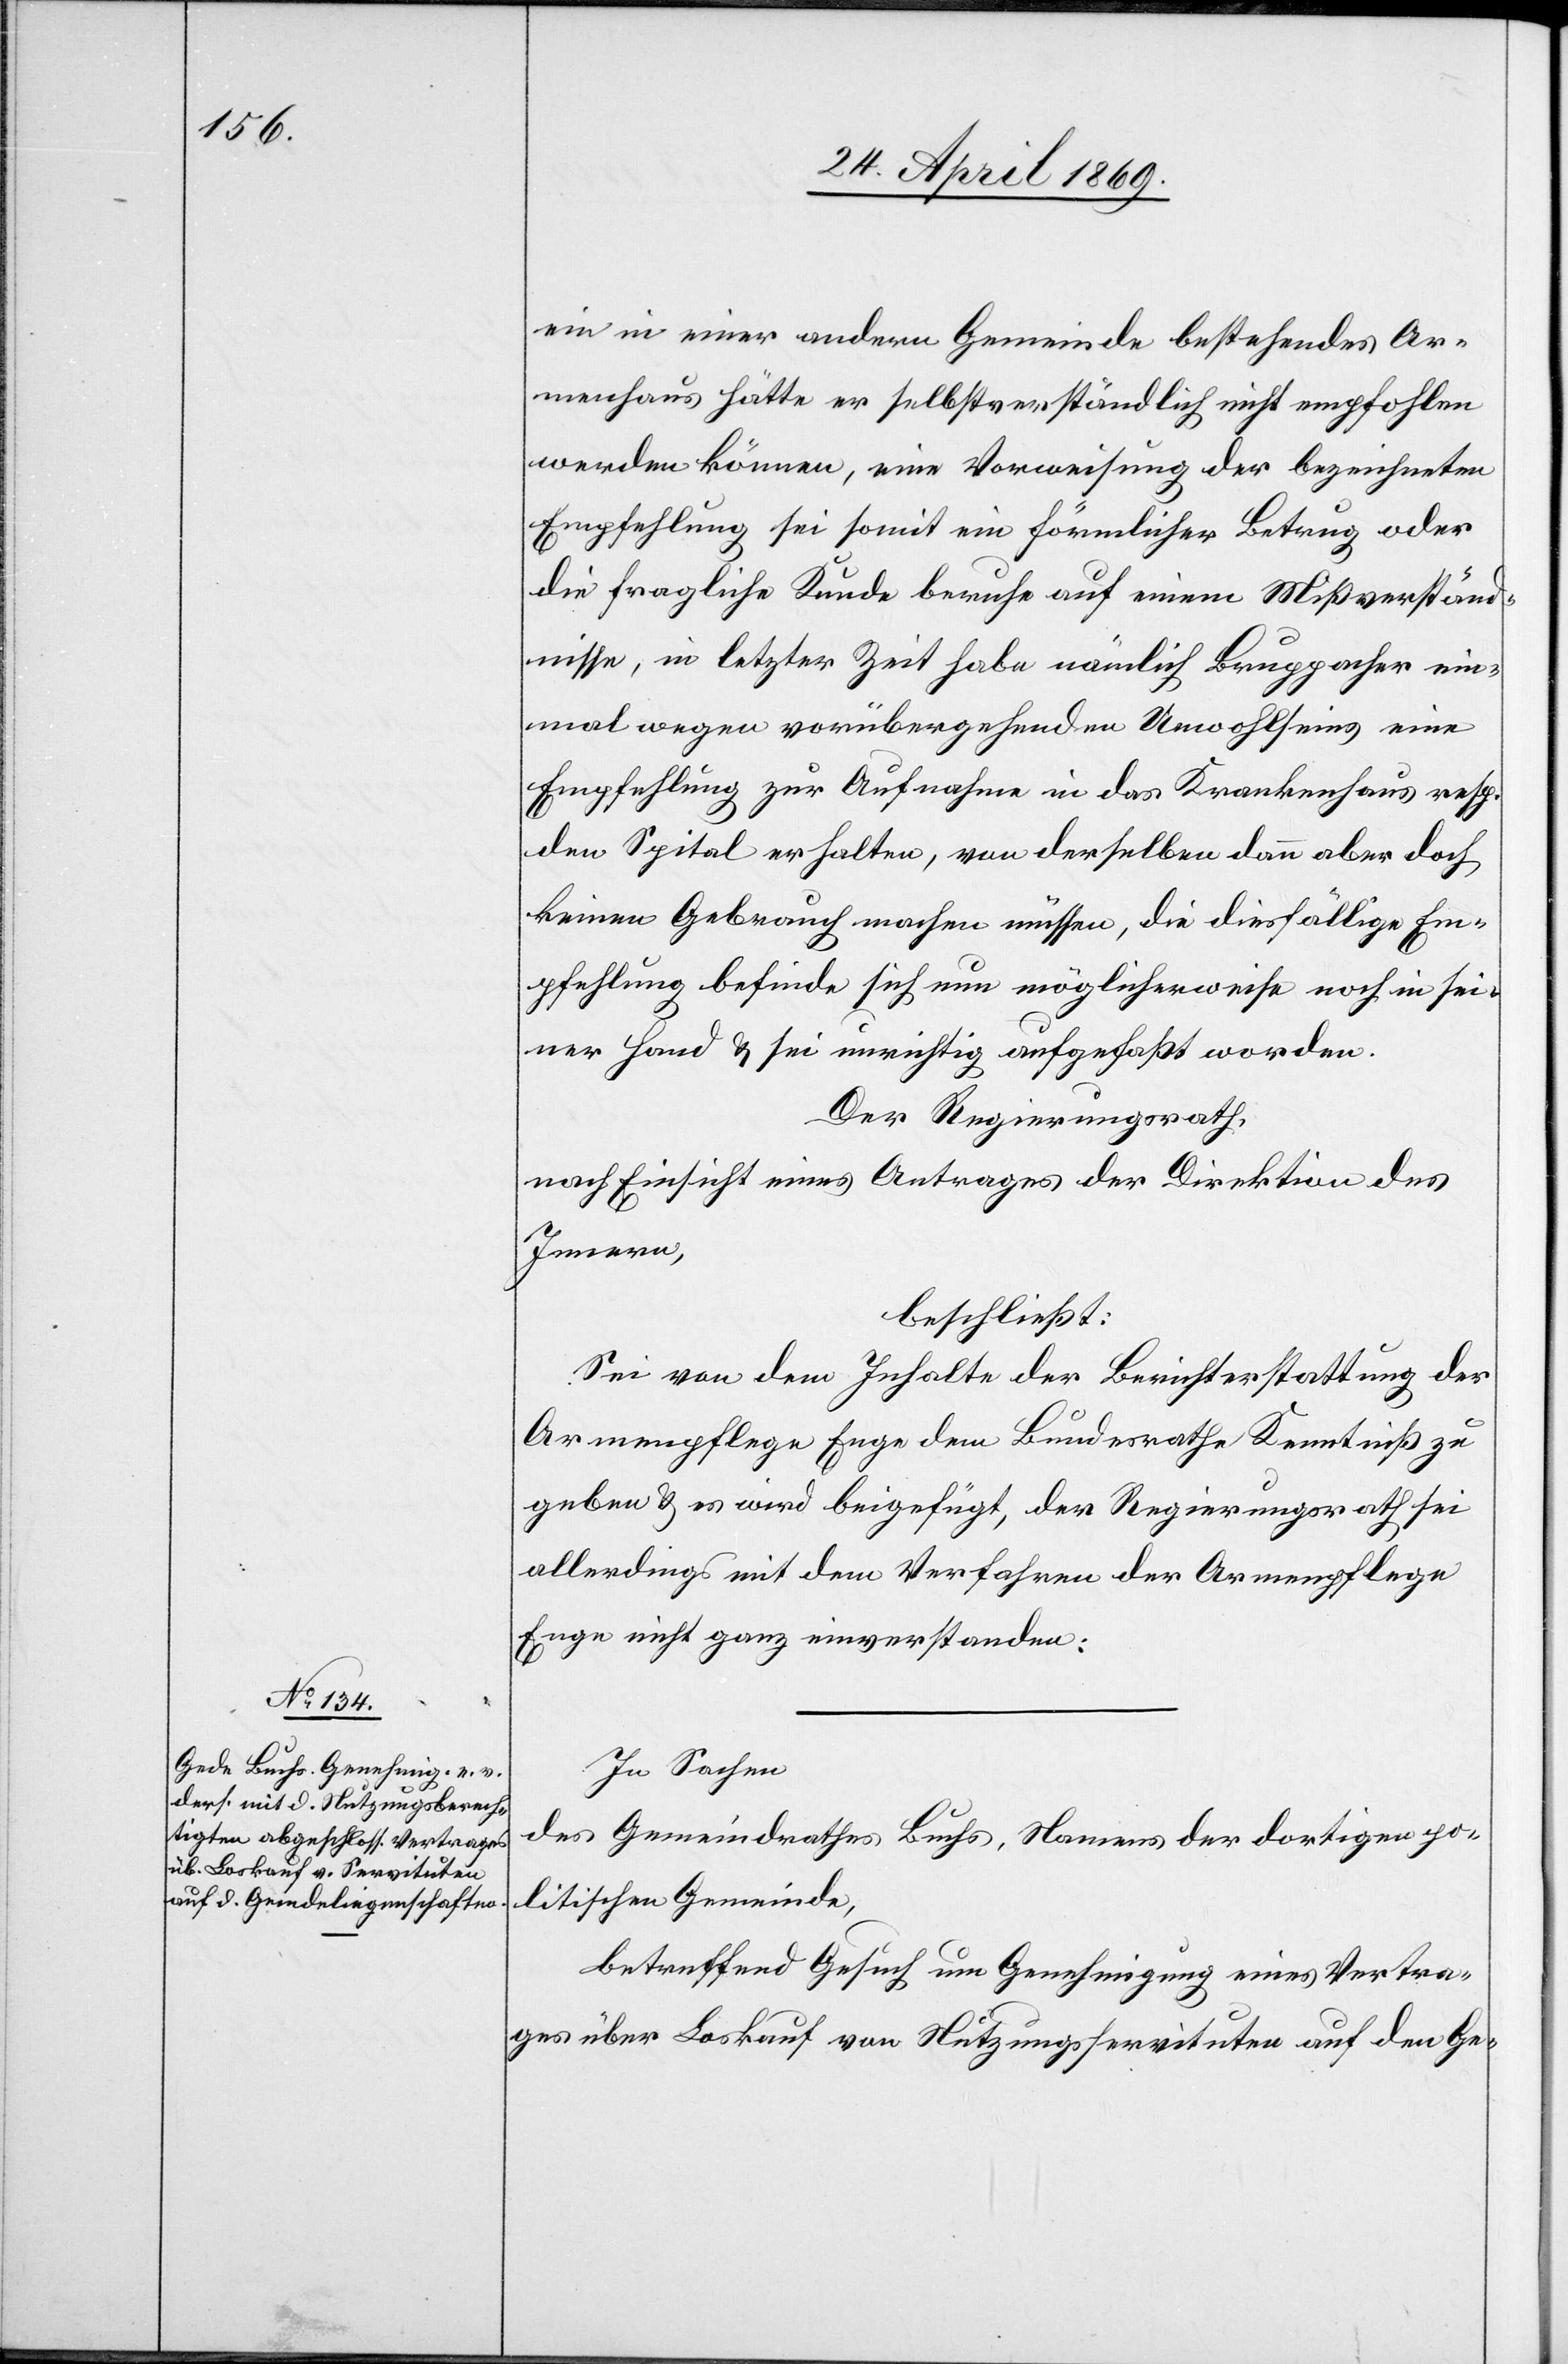
ein in einer andern Gemeinde bestehendes Ar¬
menhaus hätte er selbstverständlich nicht empfohlen
werden können, eine Vorweisung der bezeichneten
Empfehlung sei somit ein förmlicher Betrug oder
die fragliche Kunde beruhe auf einem Mißverständ¬
nisse, in letzter Zeit habe nämlich Bruppacher ein¬
mal wegen vorübergehenden Unwohlseins eine
Empfehlung zur Aufnahme in das Krankenhaus resp.
den Spital erhalten, von derselben dann aber doch
keinen Gebrauch machen müssen, die diesfällige Em¬
pfehlung befinde sich nun möglicherweise noch in sei¬
ner Hand u. sei unrichtig aufgefaßt worden.
Der Regierungsrath,
nach Einsicht eines Antrages der Direktion des
Innern,
beschließt:
Sei von dem Inhalte der Berichterstattung der
Armenpflege Enge dem Bundesrathe Kenntniß zu
geben u. wird beigefügt, der Regierungsrath sei
allerdings mit dem Verfahren der Armenpflege
Enge nicht ganz einverstanden.
In Sachen
des Gemeindrathes Buchs, Namens der dortigen po¬
litischen Gemeinde,
betreffend Gesuch um Genehmigung eines Vortra¬
ges über Loskauf von Nutzungsservituten auf den Ge-